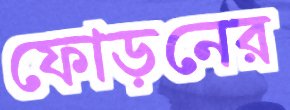
ফোড়নের